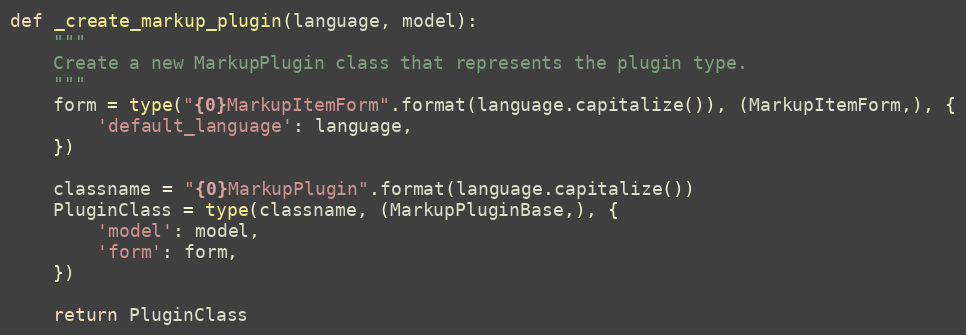
Language: Python
def _create_markup_plugin(language, model):
    """
    Create a new MarkupPlugin class that represents the plugin type.
    """
    form = type("{0}MarkupItemForm".format(language.capitalize()), (MarkupItemForm,), {
        'default_language': language,
    })

    classname = "{0}MarkupPlugin".format(language.capitalize())
    PluginClass = type(classname, (MarkupPluginBase,), {
        'model': model,
        'form': form,
    })

    return PluginClass